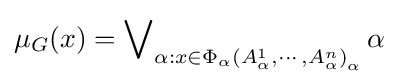
\mu _{G}(x)=\operatorname {\bigvee } \limits _{\alpha :x\in \Phi _{\alpha }\left({A_{\alpha }^{1},\cdots ,A_{\alpha }^{n}}\right)_{\alpha }}\alpha